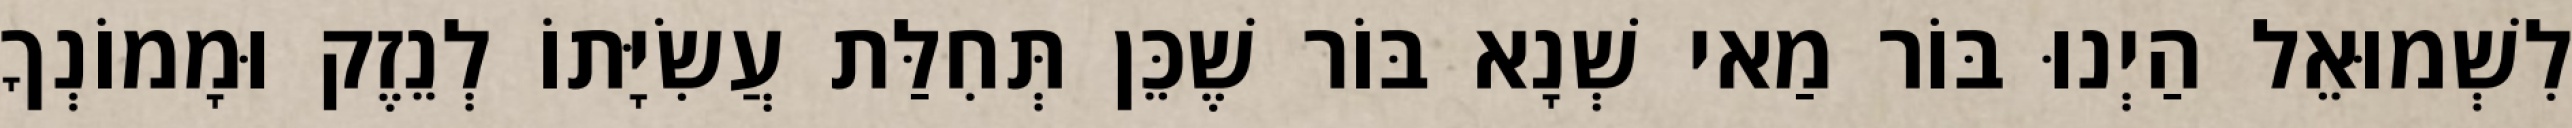
לִשְׁמוּאֵל הַיְנוּ בּוֹר מַאי שְׁנָא בּוֹר שֶׁכֵּן תְּחִלַּת עֲשִׂיָּתוֹ לְנֵזֶק וּמָמוֹנְךָ